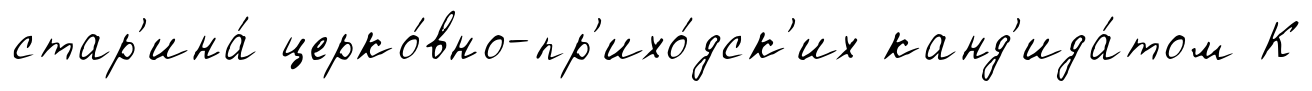
стар'ина́ церко́вно-пр'ихо́дск'их канд'ида́том К